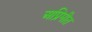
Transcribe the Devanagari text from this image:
अप्रिमीत